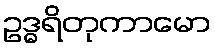
ဥဒ္ဓရိတုကာမော